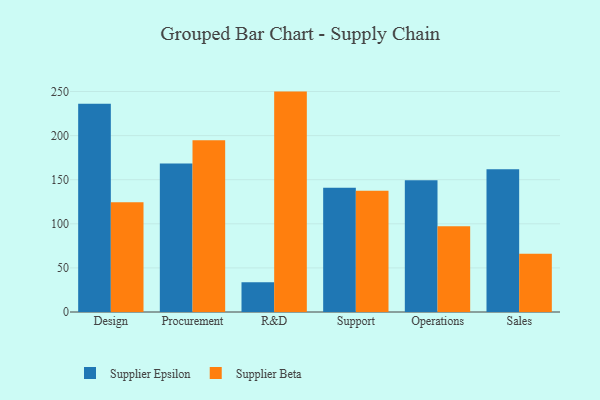
{"axis": {"x": "Department", "y": "Demand Index"}, "legend": ["Supplier Beta", "Supplier Epsilon"], "data": [{"x": "Design", "y": 236.1, "type": "Supplier Epsilon"}, {"x": "Design", "y": 124.5, "type": "Supplier Beta"}, {"x": "Procurement", "y": 168.4, "type": "Supplier Epsilon"}, {"x": "Procurement", "y": 194.8, "type": "Supplier Beta"}, {"x": "R&D", "y": 33.8, "type": "Supplier Epsilon"}, {"x": "R&D", "y": 249.9, "type": "Supplier Beta"}, {"x": "Support", "y": 141.0, "type": "Supplier Epsilon"}, {"x": "Support", "y": 137.6, "type": "Supplier Beta"}, {"x": "Operations", "y": 149.4, "type": "Supplier Epsilon"}, {"x": "Operations", "y": 97.2, "type": "Supplier Beta"}, {"x": "Sales", "y": 161.8, "type": "Supplier Epsilon"}, {"x": "Sales", "y": 66.0, "type": "Supplier Beta"}]}